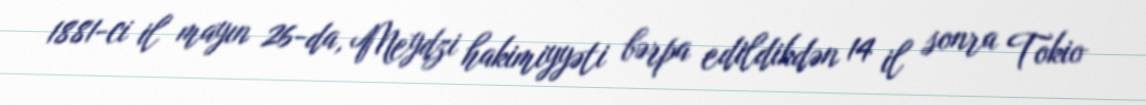
1881-ci il mayın 26-da, Meydzi hakimiyyəti bərpa edildikdən 14 il sonra Tokio